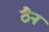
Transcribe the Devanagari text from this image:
ठैन